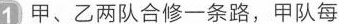
1 甲、乙两队合修一条路，甲队每